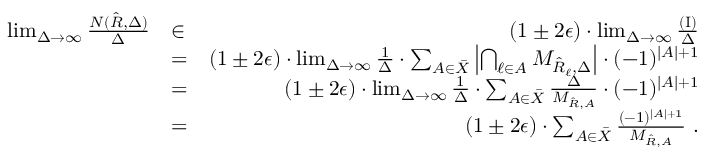
\begin{array} { r l r } { \operatorname* { l i m } _ { \Delta \to \infty } \frac { N ( \hat { R } , \Delta ) } { \Delta } } & { \in } & { ( 1 \pm 2 \epsilon ) \cdot \operatorname* { l i m } _ { \Delta \to \infty } \frac { \mathrm { ( I ) } } { \Delta } } \\ & { = } & { ( 1 \pm 2 \epsilon ) \cdot \operatorname* { l i m } _ { \Delta \to \infty } \frac { 1 } { \Delta } \cdot \sum _ { { \cal A } \in \bar { \cal X } } \left| \bigcap _ { \ell \in { \cal A } } { \cal M } _ { \hat { R } _ { \ell } , \Delta } \right| \cdot ( - 1 ) ^ { | { \cal A } | + 1 } } \\ & { = } & { ( 1 \pm 2 \epsilon ) \cdot \operatorname* { l i m } _ { \Delta \to \infty } \frac { 1 } { \Delta } \cdot \sum _ { { \cal A } \in \bar { \cal X } } \frac { \Delta } { M _ { \hat { R } , { \cal A } } } \cdot ( - 1 ) ^ { | { \cal A } | + 1 } } \\ & { = } & { ( 1 \pm 2 \epsilon ) \cdot \sum _ { { \cal A } \in \bar { \cal X } } \frac { ( - 1 ) ^ { | { \cal A } | + 1 } } { M _ { \hat { R } , { \cal A } } } \ . } \end{array}